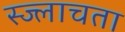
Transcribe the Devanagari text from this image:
स्ज्लाचता